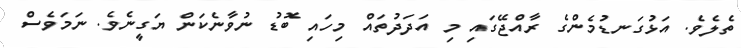
ތެލެވެ. އަޅުގަނޑުމެންގެ ރާއްޖޭގައި މި އަދަދުތައް މިހައި ބޮޑު ނުވާނެކަން ޔަގީނެވެ. ނަމަވެސް